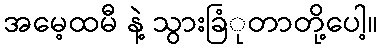
အမေ့ထမီ နဲ့ သွားခြံုတာတို့ပေါ့။